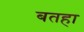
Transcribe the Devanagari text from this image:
बतहा